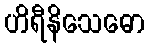
ဟိရီနိသေဓော